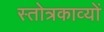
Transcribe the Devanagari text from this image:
स्तोत्रकाव्यों